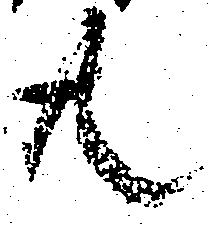
共